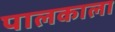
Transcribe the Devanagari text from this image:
पालकाला